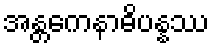
အန္တကေနာဓိပန္နဿ